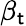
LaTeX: \beta_{\mathsf{t}}